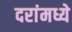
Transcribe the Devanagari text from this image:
दरांमध्ये